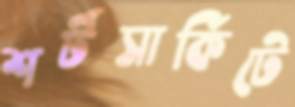
শর্টসার্কিটে